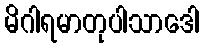
မိဂါရမာတုပါသာဒေါ